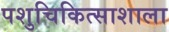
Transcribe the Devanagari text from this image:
पशुचिकित्साशाला